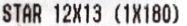
STAR 12X13 (1X180)